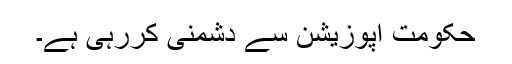
حکومت اپوزیشن سے دشمنی کررہی ہے۔